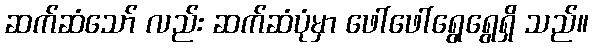
ဆက်ဆံသော် လည်း ဆက်ဆံပုံမှာ ဖေါ်ဖေါ်ရွေရွေရှိ သည်။